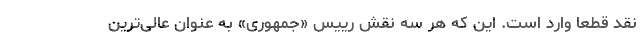
نقد قطعاً وارد است. این که هر سه نقش رییس «جمهوری» به عنوان عالی‌ترین